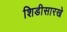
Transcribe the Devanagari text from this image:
शिडीसारखे